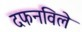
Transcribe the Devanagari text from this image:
दफनविले